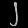
Digit: ၂